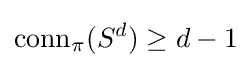
{\text{conn}}_{\pi }(S^{d})\geq d-1